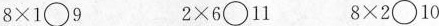
$$8 \times 1 \bigcirc 9$$ $$2 \times 6 \bigcirc 1 1$$ $$8 \times 2 \bigcirc 1 0$$